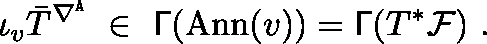
\iota _ { v } \bar { T } ^ { \nabla ^ { \mathtt { A } } } \ \in \ \mathsf { \Gamma } ( \mathrm { A n n } ( v ) ) = \mathsf { \Gamma } ( T ^ { * } { \mathcal F } ) \ .